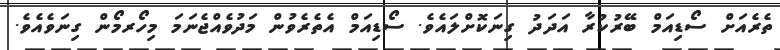
ތެރެއަށް ސޯޑިއަމް ބޭރުކުރާ އަދަދު ގިނަކޮށްލައެވެ. ސޯޑިއަމް އެތެރެވުން މަދުވެއްޖެނަމަ މިހޯރމޯން ގިނަވެއެވެ.